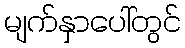
မျက်နှာပေါ်တွင်